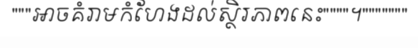
"""អាចគំរាមកំហែងដល់ស្ថិរភាពនេះ""""។"""""""